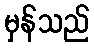
မှန်သည်